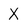
Character: X